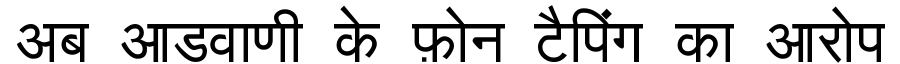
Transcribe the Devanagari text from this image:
अब आडवाणी के फ़ोन टैपिंग का आरोप